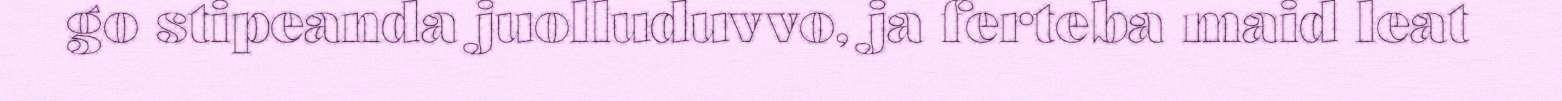
go stipeanda juolluduvvo, ja ferteba maid leat